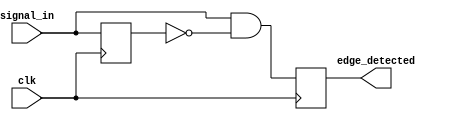
module rising_edge_detector (
    input wire clk,            // Clock signal
    input wire signal_in,      // Input signal to detect rising edge
    output reg edge_detected    // Output signal indicating rising edge detection
);

    reg signal_prev;           // Register to hold the previous state of signal_in

    // Always block triggered on the rising edge of the clock
    always @(posedge clk) begin
        // Edge detection logic
        edge_detected <= (signal_in && !signal_prev); // Set edge_detected high if rising edge is detected
        signal_prev <= signal_in; // Update previous state
    end

    // Initialize signal_prev at the start
    initial begin
        signal_prev = 1'b0; // Assuming initial state is low
        edge_detected = 1'b0; // Initialize edge_detected to low
    end

endmodule